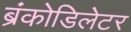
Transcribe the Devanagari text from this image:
ब्रंकोडिलेटर